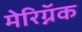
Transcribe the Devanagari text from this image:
मेरिग्नॅक